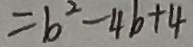
= b ^ { 2 } - 4 b + 4